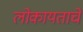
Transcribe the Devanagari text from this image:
लोकायताचे